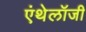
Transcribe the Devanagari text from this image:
एंथेलॉजी